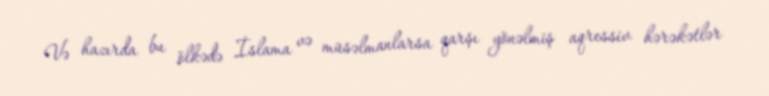
Və hazırda bu ölkədə İslama və müsəlmanlarsa qarşı yönəlmiş aqressiv hərəkətlər